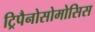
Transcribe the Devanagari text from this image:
ट्रिपैनोसोमोसिस